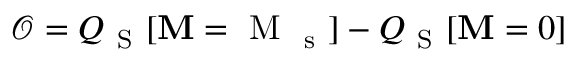
\mathcal { O } = Q _ { \mathrm { ~ S ~ } } [ \mathbf { M } = \mathrm { ~ M ~ } _ { \mathrm { ~ s ~ } } ] - Q _ { \mathrm { ~ S ~ } } [ \mathbf { M } = 0 ]